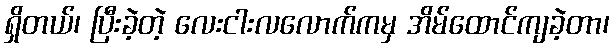
ရှိတယ်၊ ပြီးခဲ့တဲ့ လေးငါးလလောက်ကမှ အိမ်ထောင်ကျခဲ့တာ၊